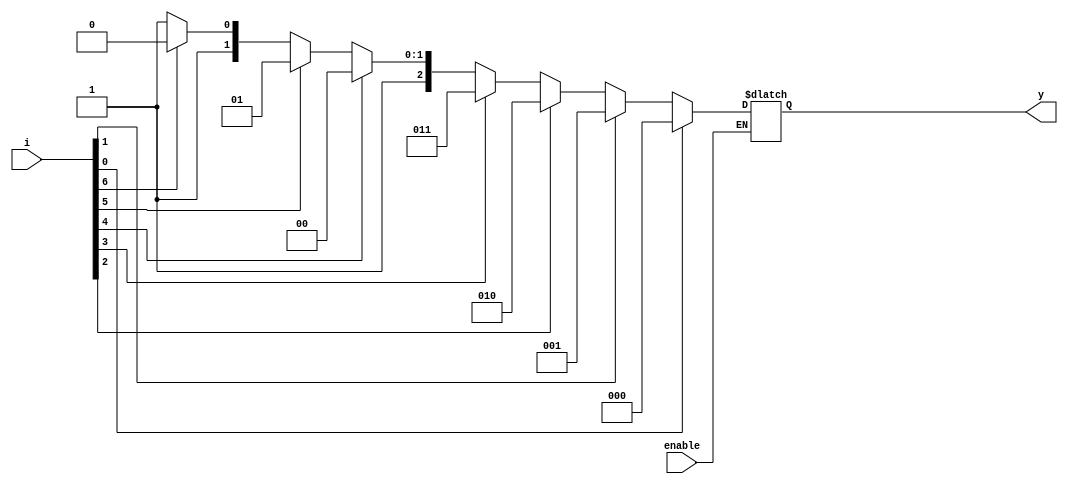
`timescale 1ns / 1ps
//////////////////////////////////////////////////////////////////////////////////
// Company: 
// Engineer: 
// 
// Design Name: 
// Module Name: priority_encoder
// Project Name: 
// Target Devices: 
// Tool Versions: 
// Description: 
// 
// Dependencies: 
// 
// Revision:
// Revision 0.01 - File Created
// Additional Comments:
// 
//////////////////////////////////////////////////////////////////////////////////


module priority_encoder(
    input [7:0] i,
    input enable,
    output reg [2:0]y
    );
 always@(enable,i)
 begin
 if(enable==1)
 begin
 if(i[0]==1)
 y=3'b000;
 else if(i[1]==1)
 y=3'b001;
  else if(i[2]==1)
 y=3'b010;
  else if(i[3]==1)
 y=3'b011;
  else if(i[4]==1)
 y=3'b100;
  else if(i[5]==1)
 y=3'b101;
  else if(i[6]==1)
 y=3'b110;
 else
 y=3'b111;
 end
 end
 
 
    
endmodule